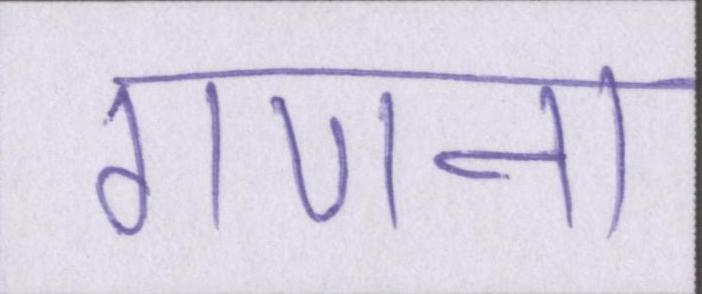
गणना